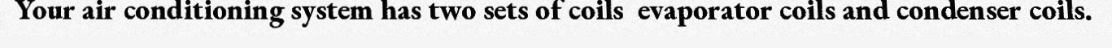
Your air conditioning system has two sets of coils  evaporator coils and condenser coils.